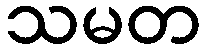
သမတ